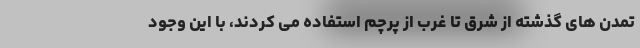
تمدن های گذشته از شرق تا غرب از پرچم استفاده می کردند، با این وجود